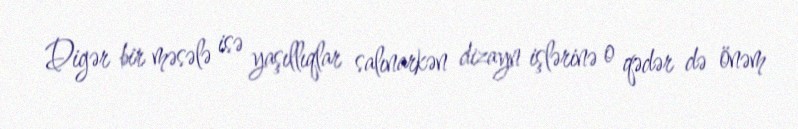
Digər bir məsələ isə yaşıllıqlar salınarkən dizayn işlərinə o qədər də önəm